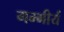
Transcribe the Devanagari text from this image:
गम्भीर्य